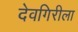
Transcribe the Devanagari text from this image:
देवगिरीला